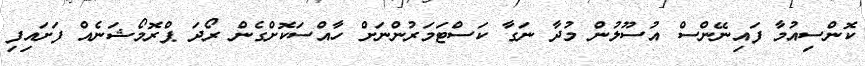
ކޮންސިއުމާ ފައިނޭންސް އުސޫލުން މުދާ ނަގާ ކަސްޓަމަރުންނަށް ހާއްސަކޮށްގެން ރޯދަ ޕްރޮމޯޝަނެއް ފަށައިފި